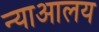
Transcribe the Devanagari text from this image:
न्याआलय